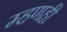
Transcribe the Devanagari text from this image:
म्हणही